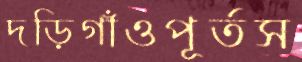
দড়িগাঁওপূর্তস